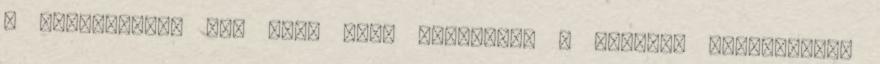
a Louvre-ban. VI. vagy VII. dynastia. A hatodik dynastiától